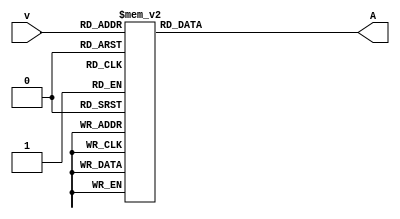
module circuitA (v, A);
	input [3:0] v;
	output reg [3:0] A;
  
	always @(v) begin
		case (v)
		4'b0000 : begin A = 4'b0000; end
		4'b0001 : begin A = 4'b0001; end
		4'b0010 : begin A = 4'b0010; end
		4'b0011 : begin A = 4'b0011; end
		4'b0100 : begin A = 4'b0100; end
		4'b0101 : begin A = 4'b0101; end
		4'b0110 : begin A = 4'b0110; end
		4'b0111 : begin A = 4'b0111; end
		4'b1000 : begin A = 4'b1000; end
		4'b1001 : begin A = 4'b1001; end
		4'b1010 : begin A = 4'b0000; end
		4'b1011 : begin A = 4'b0001; end
		4'b1100 : begin A = 4'b0010; end
		4'b1101 : begin A = 4'b0011; end
		4'b1110 : begin A = 4'b0100; end
		4'b1111 : begin A = 4'b0101; end
		default : begin A = 4'b0000; end
	endcase
	end
endmodule